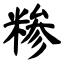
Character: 糁